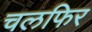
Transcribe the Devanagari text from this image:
चलफिर